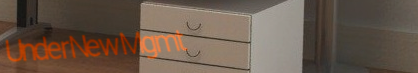
UnderNewMgmt